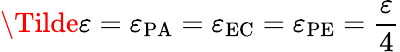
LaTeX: \Tilde{\varepsilon}=\varepsilon_{\mathrm{PA}}=\varepsilon_{\mathrm{EC}}=\varepsilon_{\mathrm{PE}}=\frac{\varepsilon}{4}